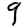
Digit: 9